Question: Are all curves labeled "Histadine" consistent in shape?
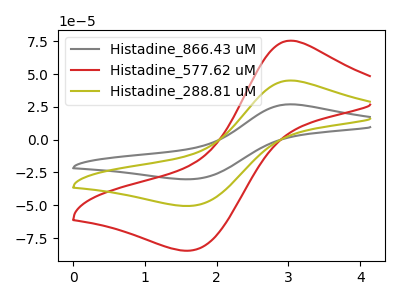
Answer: <think>The gray curve "Histadine_866.43 uM" has an anodic peak at (3.00V, 90.15uA) and a cathodic peak at (1.65V, -101.05uA). The red curve "Histadine_577.62 uM" has an anodic peak at (3.00V, 75.45uA) and a cathodic peak at (1.65V, -84.55uA). The olive curve "Histadine_288.81 uM" has an anodic peak at (3.00V, 45.05uA) and a cathodic peak at (1.65V, -50.50uA).
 All the peaks in "Histadine_866.43 uM" have a peak in "Histadine_577.62 uM" at the same potential. Every peak in "Histadine_866.43 uM" is higher than every peak in "Histadine_577.62 uM". All the peaks in "Histadine_866.43 uM" have a peak in "Histadine_288.81 uM" at the same potential. Every peak in "Histadine_866.43 uM" is higher than every peak in "Histadine_288.81 uM". All the peaks in "Histadine_577.62 uM" have a peak in "Histadine_288.81 uM" at the same potential. Every peak in "Histadine_577.62 uM" is higher than every peak in "Histadine_288.81 uM".</think>
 <answer>All the CV's of "Histadine" have similar shape.</answer>
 <eval>follow_rule</eval>